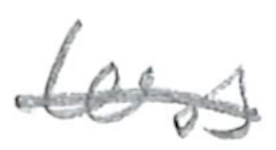
Text: less
Cross-out: single-line
Writing tool: pencil